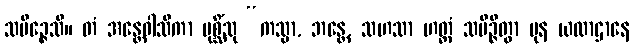
သမိဉ္ဇေသိ။ တံ အန္တေဝါသိကာ ပုစ္ဆိံသု “ကသ္မာ, ဘန္တေ, သဟသာ ဟတ္ထံ သမိဉ္ဇိတွာ ပုန ယထာဌာနေ